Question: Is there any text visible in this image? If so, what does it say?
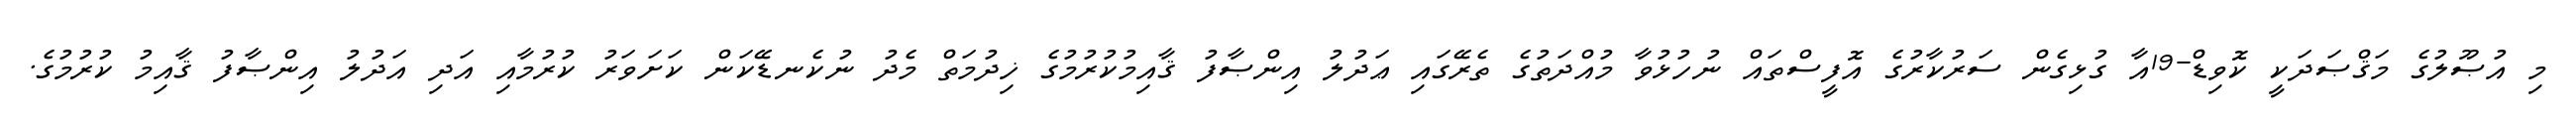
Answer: މި އުޞޫލުގެ މަޤްޞަދަކީ ކޮވިޑް-19އާ ގުޅިގެން ސަރުކާރުގެ އޮފީސްތައް ނުހުޅުވާ މުއްދަތުގެ ތެރޭގައި ޢަދުލު އިންޞާފު ޤާއިމުކުރުމުގެ ޚިދުމަތް މެދު ނުކެނޑޭކަން ކަށަވަރު ކުރުމާއި އަދި އަދުލު އިންޞާފު ޤާއިމު ކުރުމުގެ.